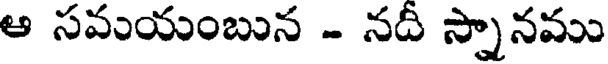
ఆ సమయంబున - నదీ స్నానము